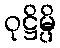
ဝုဋ္ဌိမ္ပိ